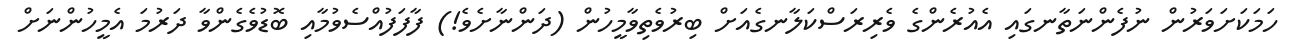
ހަމަކަށަވަރުން ނުފެންނަތާނގައި އެއުރެންގެ ވެރިރަސްކަލާނގެއަށް ބިރުވެތިވާމީހުން (ދަންނާށެވެ!) ފާފަފުއްސެވުމާއި ބޮޑުވެގެންވާ ދަރުމަ އެމީހުންނަށް